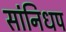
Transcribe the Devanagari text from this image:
सांनिधप